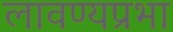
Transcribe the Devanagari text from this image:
लावण्यप्रभा